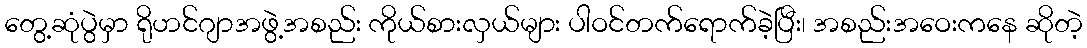
တွေ့ဆုံပွဲမှာ ရိုဟင်ဂျာအဖွဲ့အစည်း ကိုယ်စားလှယ်များ ပါဝင်တက်ရောက်ခဲ့ပြီး၊ အစည်းအဝေးကနေ ဆိုတဲ့